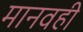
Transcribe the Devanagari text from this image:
मानवही